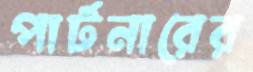
পার্টনারের